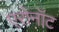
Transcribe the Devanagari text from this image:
एरोनॉट